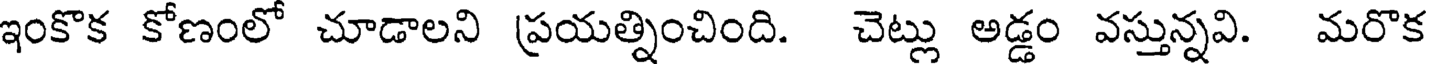
ఇంకొక కోణంలో చూడాలని ప్రయత్నించింది. చెట్లు అడ్డం వస్తున్నవి. మరొక